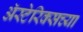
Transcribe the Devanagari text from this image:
अॅस्टेरिक्सच्या